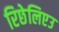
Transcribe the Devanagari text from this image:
रिछेलिएउ